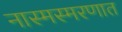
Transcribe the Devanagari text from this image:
नास्मस्मरणात